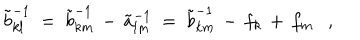
LaTeX: \tilde { b } _ { k l } ^ { - 1 } ~ = ~ \tilde { b } _ { k m } ^ { - 1 } \, - \, \tilde { a } _ { l m } ^ { - 1 } ~ = ~ \tilde { b } _ { k m } ^ { - 1 } \, - \, f _ { k } \, + \, f _ { m } ,